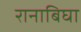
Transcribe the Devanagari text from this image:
रानाबिघा